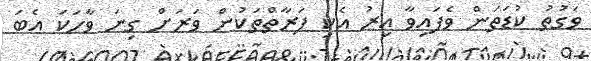
ވަގުތު ކުޑަތަން ވެފައިވާ އިރު އެކި ފަރާތްތަކުން ވަރަށް ގިނަ ވާހަކަ އެބަ